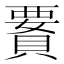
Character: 𧷋